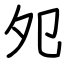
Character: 夗